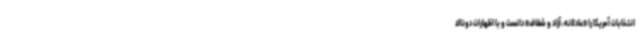
انتخابات آمریکا را «عادلانه، آزاد و شفاف» دانست و با اظهارات دونالد